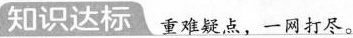
知识达标 重难疑点，一同打尽。